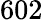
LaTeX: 602